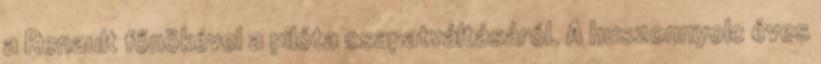
a Renault főnökével a pilóta csapatváltásáról. A huszonnyolc éves